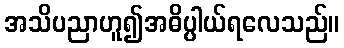
အသိပညာဟူ၍အဓိပ္ပါယ်ရလေသည်။